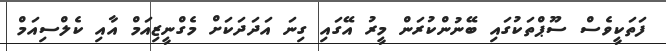
ފަތަކީވެސް ސޫޕްތަކުގައި ބޭނުންކުރަން މީރު އޭގައި ގިނަ އަދަދަކަށް މެގްނީޒިއަމް އާއި ކެލްސިއަމް